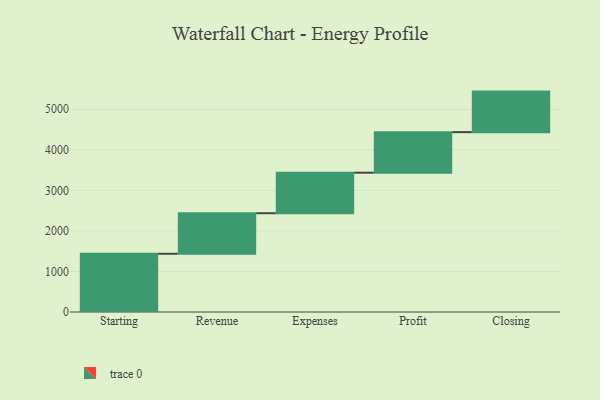
{"axis": {"x": "Step", "y": "Value"}, "legend": [""], "data": [{"x": "Starting", "y": 1436.0, "type": ""}, {"x": "Revenue", "y": 1000, "type": ""}, {"x": "Expenses", "y": 1000, "type": ""}, {"x": "Profit", "y": 1000, "type": ""}, {"x": "Closing", "y": 1000, "type": ""}]}